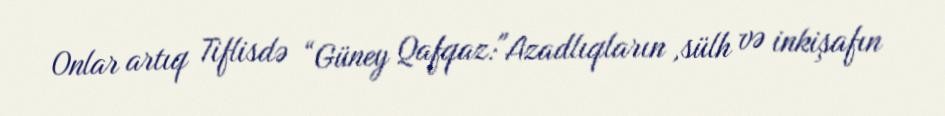
Onlar artıq Tiflisdə “Güney Qafqaz:"Azadlıqların ,sülh və inkişafın